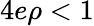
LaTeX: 4e\rho<1